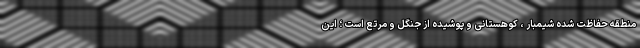
منطقه حفاظت شده شیمبار ، کوهستانی و پوشیده از جنگل و مرتع است ؛ این